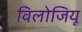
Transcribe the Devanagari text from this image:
विलोजियू